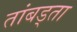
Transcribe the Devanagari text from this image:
तांबड्ता